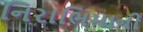
નિરાભિમાની